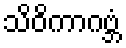
သိဝိကာဂဗ္ဘံ